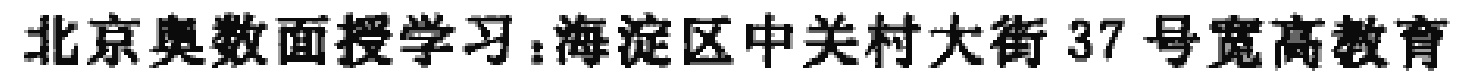
北京奥数面授学习：海淀区中关村大街 37 号宽高教育